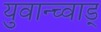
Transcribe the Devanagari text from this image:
युवान्च्वाड्